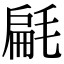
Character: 㲢